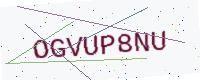
Text: OGVUP8NU